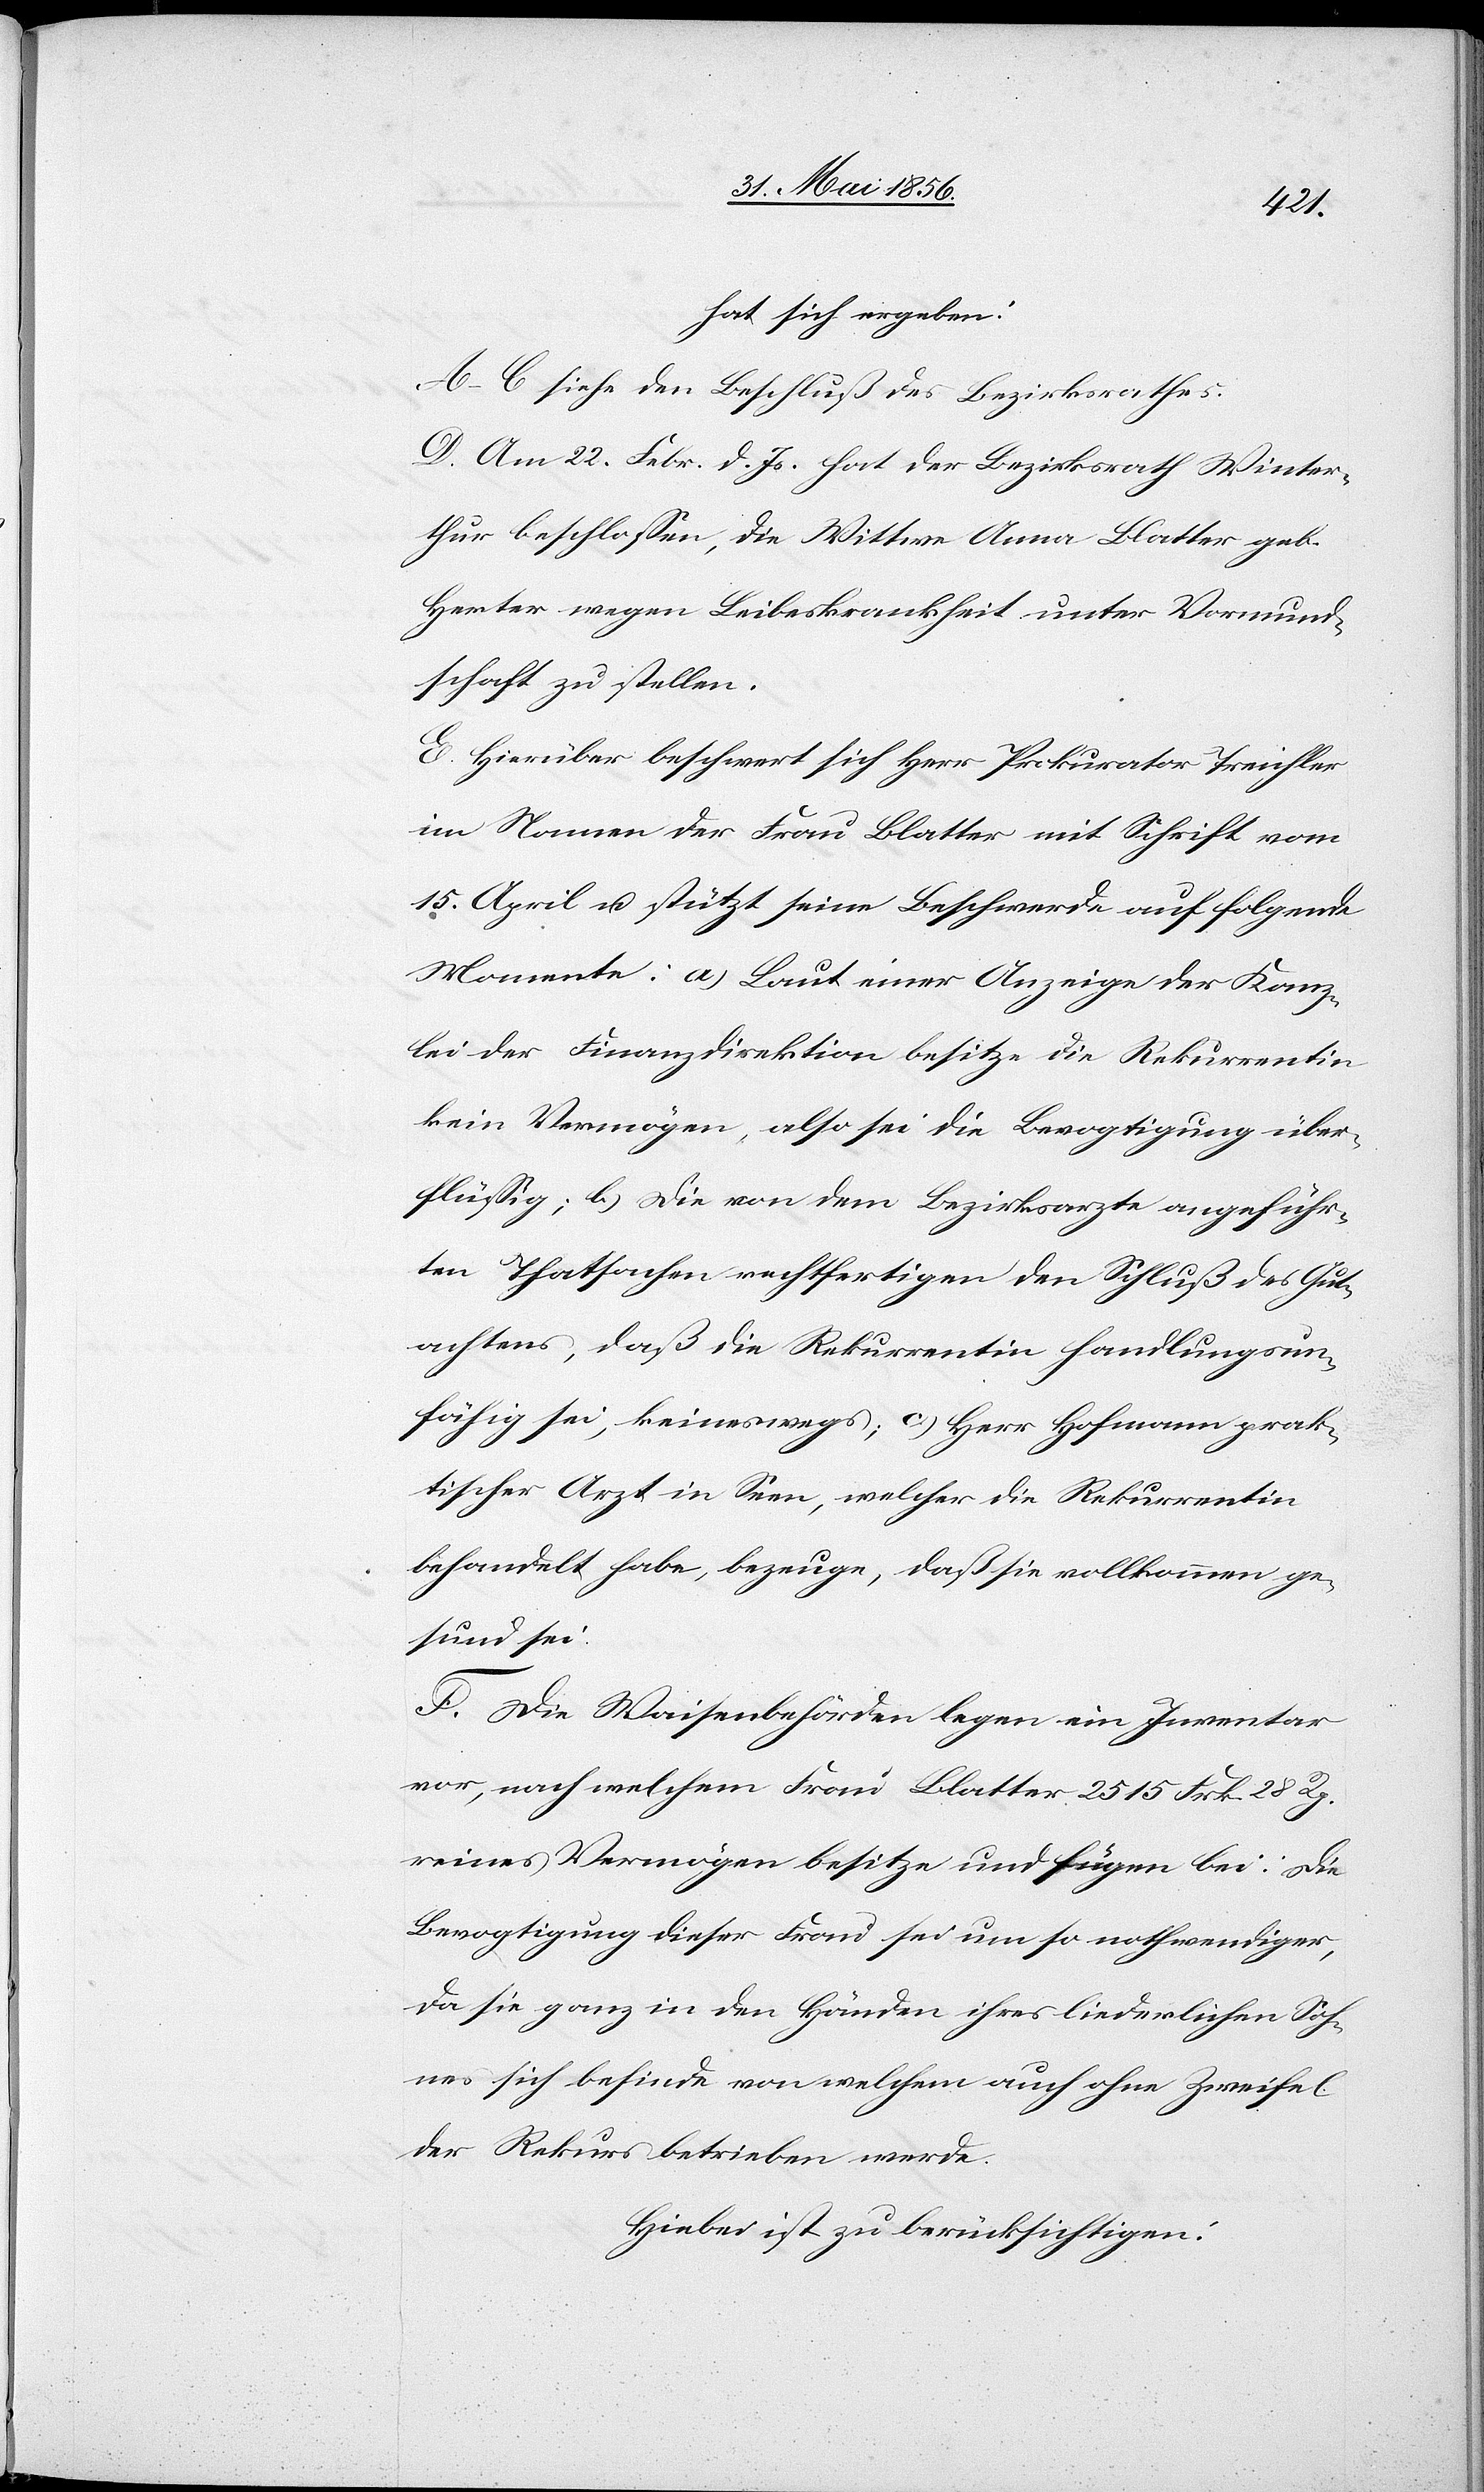
hat sich ergeben:
A–C. siehe den Beschluß des Bezirksrathes.
D. Am 22. Febr. d. Js. hat der Bezirksrath Winter¬
thur beschlossen, die Wittwe Anna Blatter geb.
Herter wegen Leibeskrankheit unter Vormund¬
schaft zu stellen.
E. Hierüber beschwert sich Herr Prokurator Treichler
im Namen der Frau Blatter mit Schrift vom
15. April u. stützt seine Beschwerde auf folgende
Momente: a) Laut einer Anzeige der Kanz¬
lei der Finanzdirektion besitze die Rekurrentin
kein Vermögen, also sei die Bevogtigung über¬
flüssig; b) die von dem Bezirksarzte angeführ¬
ten Thatsachen rechtfertigen den Schluß des Gut¬
achtens, daß die Rekurrentin handlungsun¬
fähig sei, keineswegs; c) Herr Hofmann prak¬
tischer Arzt in Seen, welcher die Rekurrentin
behandelt habe, bezeuge, daß sie vollkommen ge¬
sund sei.
F. Die Waisenbehörden legen ein Inventar
vor, nach welchem Frau Blatter 2515 Frk. 28 Rp.
reines Vermögen besitze und fügen bei: die
Bevogtigung dieser Frau sei um so nothwendiger,
da sie ganz in den Händen ihres liederlichen Soh¬
nes sich befinde von welchem auch ohne Zweifel
der Rekurs betrieben werde.
Hiebei ist zu berücksichtigen: